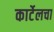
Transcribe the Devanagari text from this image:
कार्टेलचा